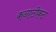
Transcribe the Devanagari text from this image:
कनाटीकट